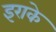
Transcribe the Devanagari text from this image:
इराके